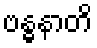
ဗန္ဓနာတိ